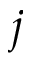
j